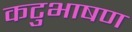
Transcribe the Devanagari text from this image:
कटुभाषण